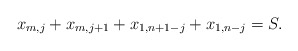
\begin{align*} x_{m,j} + x_{m,j+1} + x_{1,n+1-j} + x_{1,n-j} = S.\end{align*}